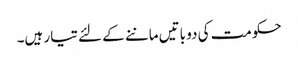
حکومت کی دو باتیں ماننے کے لئے تیار ہیں۔